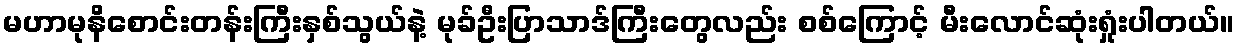
မဟာမုနိစောင်းတန်းကြီးနှစ်သွယ်နဲ့ မုခ်ဦးပြာသာဒ်ကြီးတွေလည်း စစ်ကြောင့် မီးလောင်ဆုံးရှုံးပါတယ်။